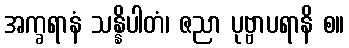
အက္ခရာနံ သန္နိပါတံ၊ ဇညာ ပုဗ္ဗာပရာနိ စ။